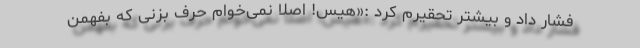
فشار داد و بیشتر تحقیرم کرد :«هیس! اصلاً نمی‌خوام حرف بزنی که بفهمن